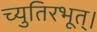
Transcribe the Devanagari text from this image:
च्युतिरभूत्।